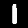
Digit: 1